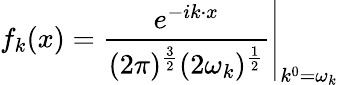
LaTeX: f_{k}(x)=\left.{\frac{e^{-ik\cdot x}}{(2\pi)^{\frac{3}{2}}(2\omega_{k})^{\frac{1}{2}}}}\right|_{k^{0}=\omega_{k}}